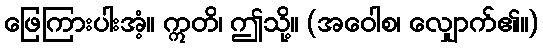
ဖြေကြားပါးအံ့။ ဣတိ၊ ဤသို့။ (အဝေါစ၊ လျှောက်၏။)